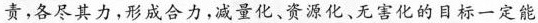
责，各尽其力，形成合力，减量化，资源化，无害化的目一定能